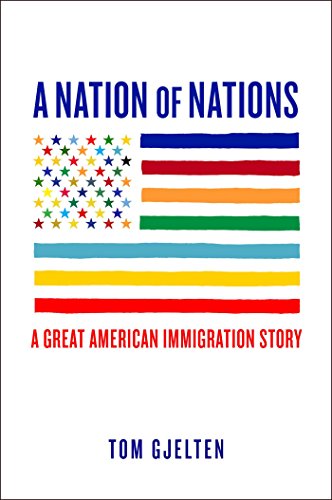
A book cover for A Nation of Nations: A Great American Immigration Story; Tom Gjelten; History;